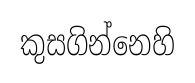
කුසගින්නෙහි